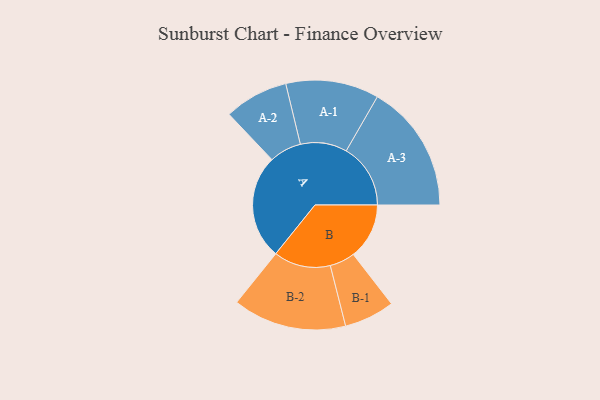
{"axis": {"x": "Segment", "y": "Value"}, "legend": ["", "A", "B"], "data": [{"x": "A", "y": 460, "type": ""}, {"x": "B", "y": 246, "type": ""}, {"x": "A-1", "y": 205, "type": "A"}, {"x": "A-2", "y": 141, "type": "A"}, {"x": "A-3", "y": 283, "type": "A"}, {"x": "B-1", "y": 111, "type": "B"}, {"x": "B-2", "y": 250, "type": "B"}]}